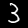
Label: 3